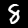
Digit: 8